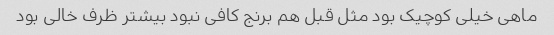
ماهی خیلی کوچیک بود مثل قبل هم برنج کافی نبود بیشتر ظرف خالی بود